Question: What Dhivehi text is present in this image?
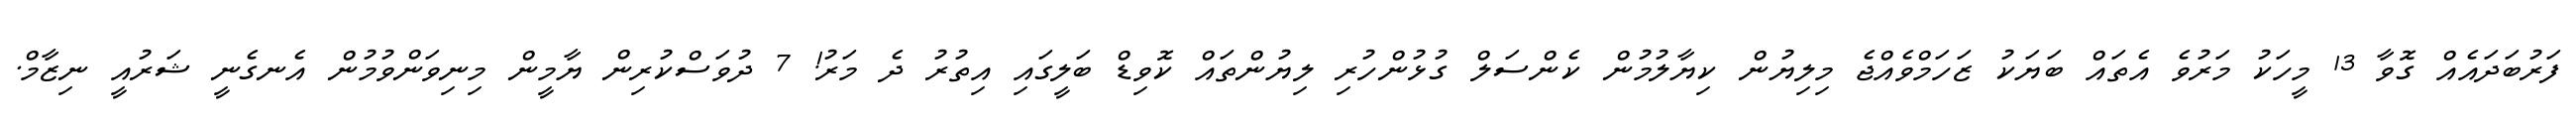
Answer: ފަރުބަދައެއް ގޮވާ 13 މީހަކު މަރުވެ އެތައް ބަޔަކު ޒަހަމްވެއްޖެ މިލިޔުން ކިޔާލުމުން ކެންސަލް ގުޅުންހުރި ލިޔުންތައް ކޮވިޑް ބަލީގައި އިތުރު ދެ މަރު! 7 ދުވަސްކުރިން ޔާމީން މިނިވަންވުމުން އެނގެނީ ޝަރުއީ ނިޒާމް.